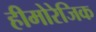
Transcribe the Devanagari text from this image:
हीमोरेजिक